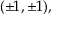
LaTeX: ( \pm 1 , \pm 1 ) ,